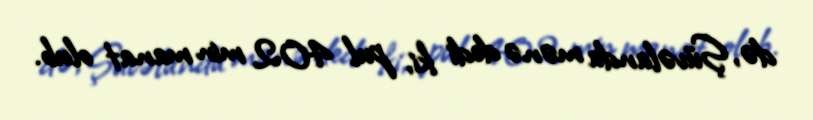
də, Şüvəlanda mənə dedi ki, pul 402 min manat olub.